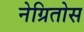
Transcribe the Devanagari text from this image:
नेग्रितोस